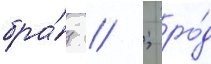
бра́з // ; ро́д